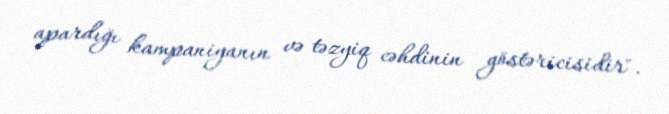
apardığı kampaniyanın və təzyiq cəhdinin göstəricisidir".